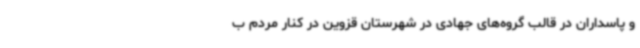
و پاسداران در قالب گروه‌های جهادی در شهرستان قزوین در کنار مردم ب